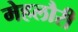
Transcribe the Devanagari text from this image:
मेहलौरी